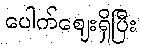
ပေါက်ဈေးရှိပြီး